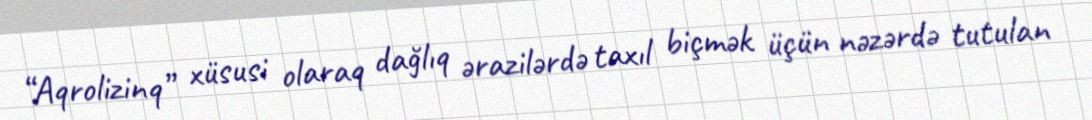
“Aqrolizinq” xüsusi olaraq dağlıq ərazilərdə taxıl biçmək üçün nəzərdə tutulan